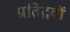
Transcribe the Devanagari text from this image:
प्रतिद्रवों